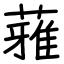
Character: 蕥